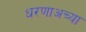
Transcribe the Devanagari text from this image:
धरणाअच्या